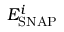
E _ { \mathrm { S N A P } } ^ { i }